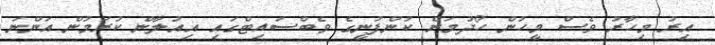
އިރު މިހާރު ވެސް މީހުން ހޯދުމަށް ކުންފުނީގެ ވެބްސައިޓްގައި އިއުލާން ކުރަމުން އަންނަ